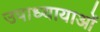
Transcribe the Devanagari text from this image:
उपाध्यायाओं